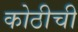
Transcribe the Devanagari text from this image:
कोठीची